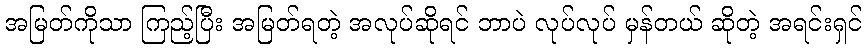
အမြတ်ကိုသာ ကြည့်ပြီး အမြတ်ရတဲ့ အလုပ်ဆိုရင် ဘာပဲ လုပ်လုပ် မှန်တယ် ဆိုတဲ့ အရင်းရှင်